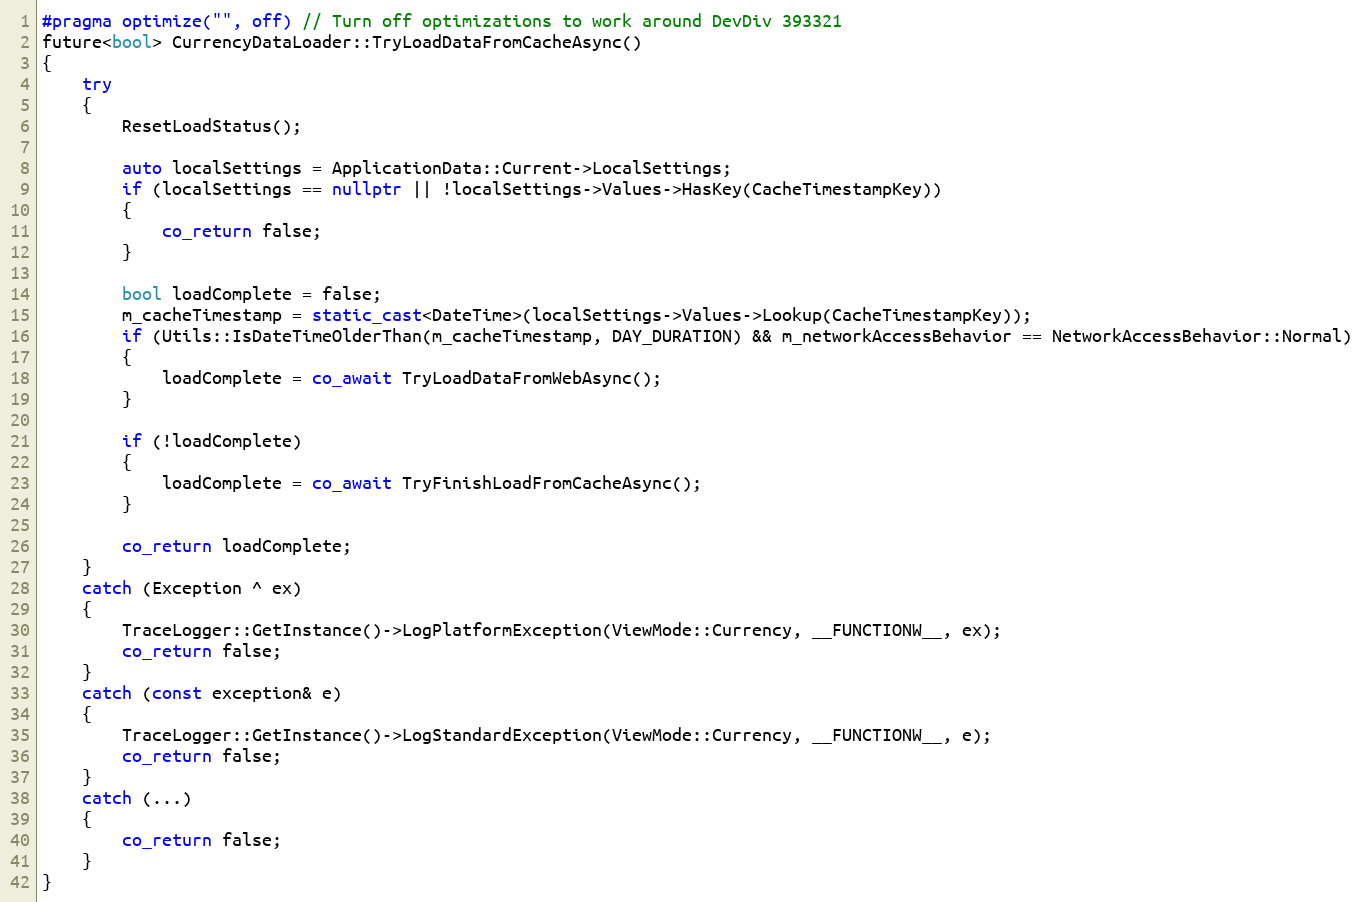
Language: C++
#pragma optimize("", off) // Turn off optimizations to work around DevDiv 393321
future<bool> CurrencyDataLoader::TryLoadDataFromCacheAsync()
{
    try
    {
        ResetLoadStatus();

        auto localSettings = ApplicationData::Current->LocalSettings;
        if (localSettings == nullptr || !localSettings->Values->HasKey(CacheTimestampKey))
        {
            co_return false;
        }

        bool loadComplete = false;
        m_cacheTimestamp = static_cast<DateTime>(localSettings->Values->Lookup(CacheTimestampKey));
        if (Utils::IsDateTimeOlderThan(m_cacheTimestamp, DAY_DURATION) && m_networkAccessBehavior == NetworkAccessBehavior::Normal)
        {
            loadComplete = co_await TryLoadDataFromWebAsync();
        }

        if (!loadComplete)
        {
            loadComplete = co_await TryFinishLoadFromCacheAsync();
        }

        co_return loadComplete;
    }
    catch (Exception ^ ex)
    {
        TraceLogger::GetInstance()->LogPlatformException(ViewMode::Currency, __FUNCTIONW__, ex);
        co_return false;
    }
    catch (const exception& e)
    {
        TraceLogger::GetInstance()->LogStandardException(ViewMode::Currency, __FUNCTIONW__, e);
        co_return false;
    }
    catch (...)
    {
        co_return false;
    }
}